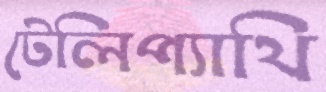
টেলিপ্যাথি